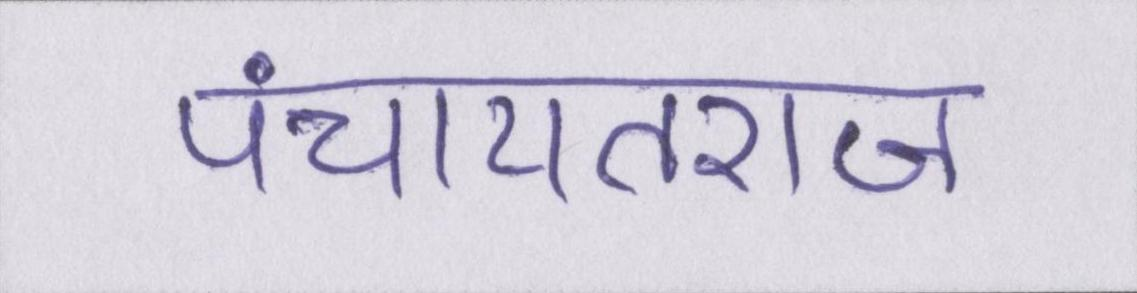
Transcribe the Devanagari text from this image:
पंचायतराज